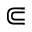
\Subset